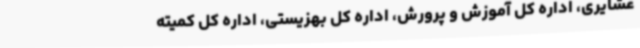
عشایری، اداره کل آموزش و پرورش، اداره کل بهزیستی، اداره کل کمیته